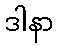
ဒါနာ